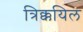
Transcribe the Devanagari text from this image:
त्रिक्कयिल